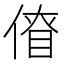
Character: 傄